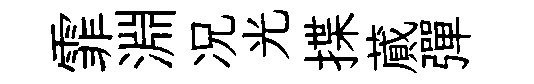
霏淵况光揲蕆彈